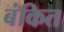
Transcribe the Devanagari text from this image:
बंकित